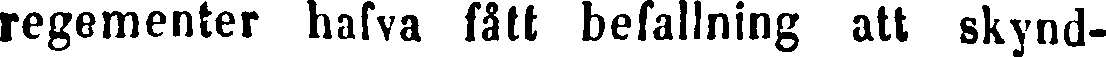
regementer hafva fått befallning att skynd-